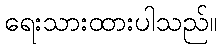
ရေးသားထားပါသည်။